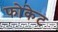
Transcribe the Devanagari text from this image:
फोकेट